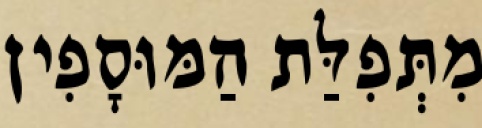
מִתְּפִלַּת הַמּוּסָפִין